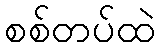
စစ်တပ်ထဲ